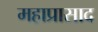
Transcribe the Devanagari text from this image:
महाप्रासाद